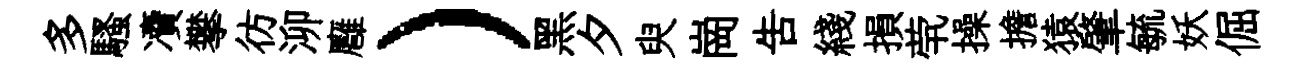
多騷凟攀彷泖廱）黑夕臾崗告綫損茕操擔猿肇毓妖倔